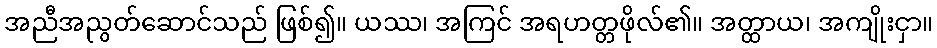
အညီအညွတ်ဆောင်သည် ဖြစ်၍။ ယဿ၊ အကြင် အရဟတ္တဖိုလ်၏။ အတ္ထာယ၊ အကျိုးငှာ။